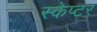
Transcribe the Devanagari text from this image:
स्केप्टर